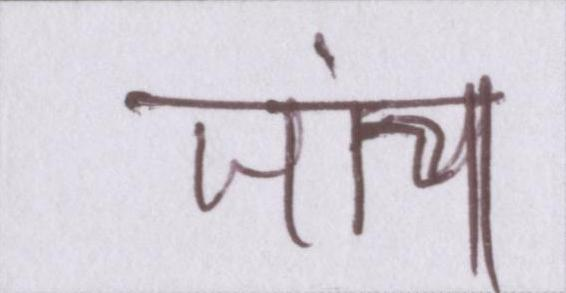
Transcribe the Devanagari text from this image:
जांच